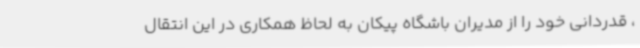
، قدردانی خود را از مدیران باشگاه پیکان به لحاظ همکاری در این انتقال